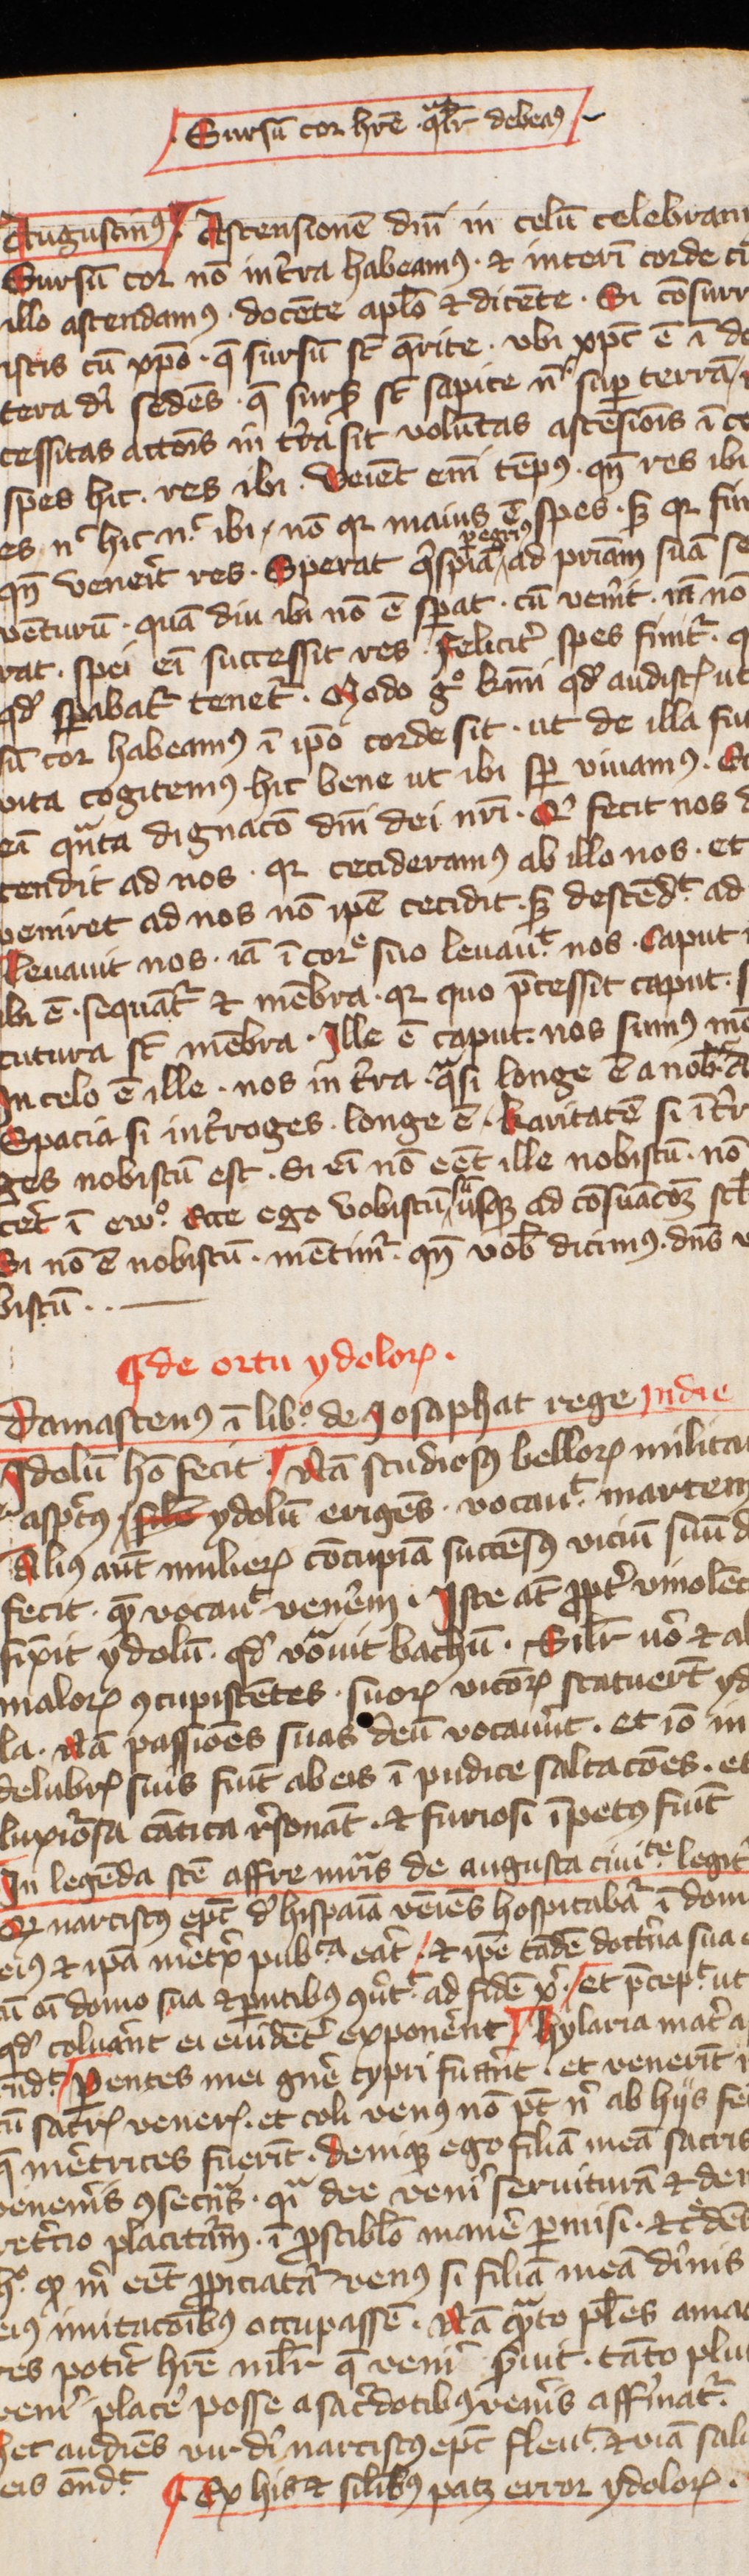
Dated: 1400–1424